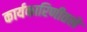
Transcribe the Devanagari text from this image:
कार्यकारिणीतले